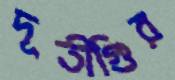
দূতীগিুর